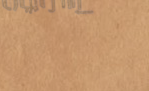
أحدث صيحات المكياج والعنا